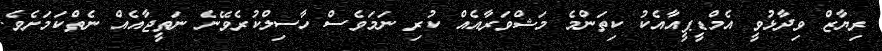
ރިޔާޒް ވިދާޅުވީ އެމްޑީޕީއާއެކު ކިތަންމެ މަޝްވަރާއެއް ކުރި ނަމަވެސް ހާސިލްކުރެވޭނެ ނަތީޖާއެއް ނެތްކަމަށެވެ.